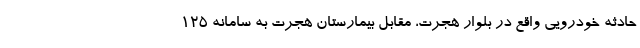
حادثه خودرویی واقع در بلوار هجرت، مقابل بیمارستان هجرت به سامانه ۱۲۵